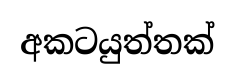
අකටයුත්තක්